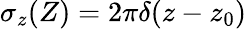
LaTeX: \sigma_{z}(Z)=2\pi\delta(z-z_{0})